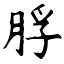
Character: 脬